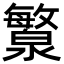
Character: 瀪